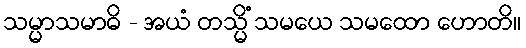
သမ္မာသမာဓိ - အယံ တသ္မိံ သမယေ သမထော ဟောတိ။